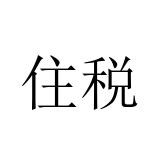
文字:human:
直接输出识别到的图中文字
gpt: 住税